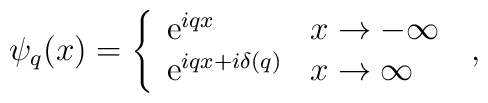
\psi_q(x)=\left\{\begin{array}{ll}{\rm e}^{iqx} &x\to-\infty\\{\rm e}^{iqx+i\delta(q)} &x\to\infty\end{array}\right.\;,